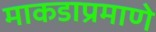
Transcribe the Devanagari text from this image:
माकडाप्रमाणे